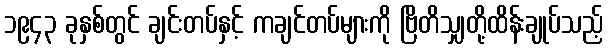
၁၉၄၃ ခုနှစ်တွင် ချင်းတပ်နှင့် ကချင်တပ်များကို ဗြိတိသျှတို့ထိန်းချုပ်သည့်